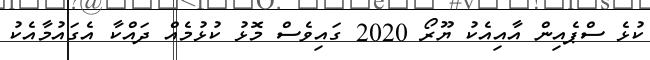
ކުޅެ ސްޕެއިން އާއިއެކު ޔޫރޯ 2020 ގައިވެސް މޮޅު ކުޅުމެއް ދައްކާ އެގައުމާއެކު